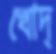
খোদ্‌